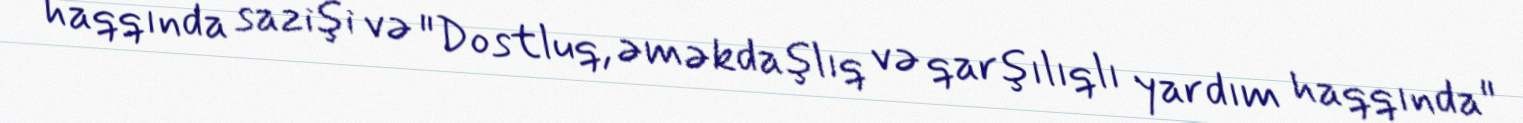
haqqında sazişi və "Dostluq, əməkdaşlıq və qarşılıqlı yardım haqqında"